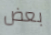
بعض